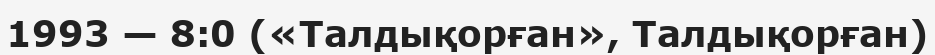
1993 — 8:0 («Талдықорған», Талдықорған)